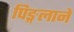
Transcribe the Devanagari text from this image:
पिङ्गलाने